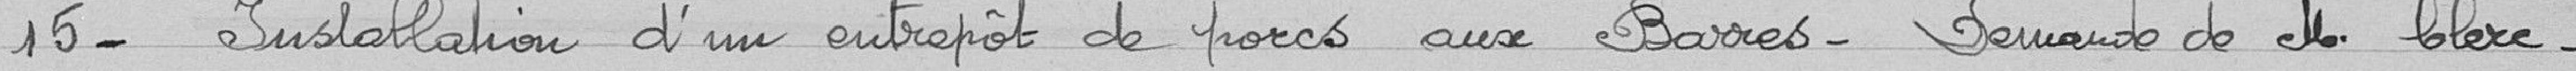
15- Installation d'un entrepôt de porcs aux Barres - demande de monsieur Clerc